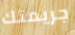
جريمتك